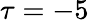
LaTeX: \tau=-5